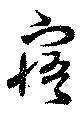
寤